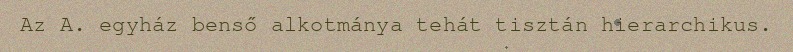
Az A. egyház benső alkotmánya tehát tisztán hierarchikus.